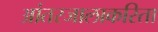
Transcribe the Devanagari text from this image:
आंतरजालाकरिता